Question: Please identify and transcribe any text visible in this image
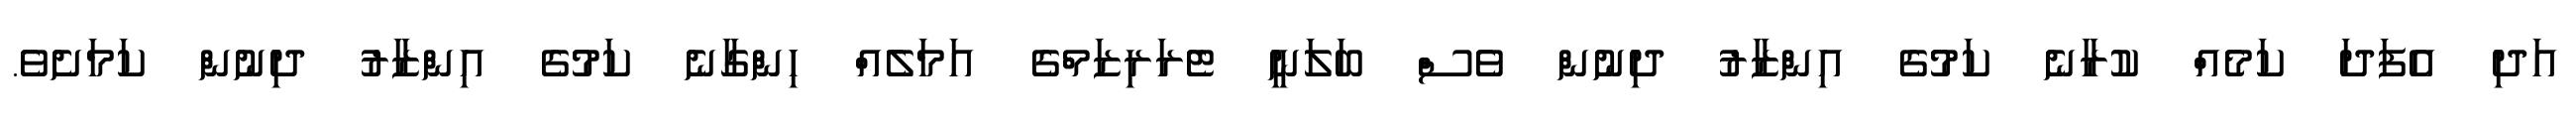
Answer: އަދި އެފަދަ ކަމެއް ކުރާނެ ކަމުގެ އިންޒާރު ދިނުން ވެސް ބަލަނީ ޓެރަރިޒަމްގެ އަމަލެއް ހިންގާނެ ކަމުގެ އިންޒާރު ދިނުން ކަމަށެވެ.